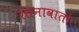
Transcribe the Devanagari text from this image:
रतनावातों